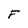
Character: F